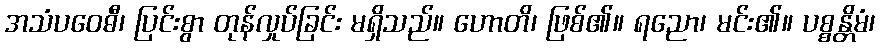
အသံပဝေဓီ၊ ပြင်းစွာ တုန်လှုပ်ခြင်း မရှိသည်။ ဟောတိ၊ ဖြစ်၏။ ရညော၊ မင်း၏။ ပစ္စန္တိမံ၊